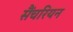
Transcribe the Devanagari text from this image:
सैंचरियन